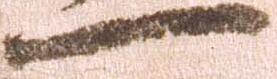
一